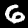
Digit: 6